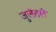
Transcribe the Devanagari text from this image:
जुलैतले